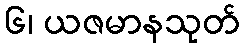
၆၊ ယဇမာနသုတ်